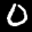
Label: 0